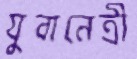
যুবানেত্রী